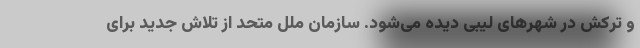
و ترکش در شهرهای لیبی دیده می‌شود. سازمان ملل متحد از تلاش جدید برای